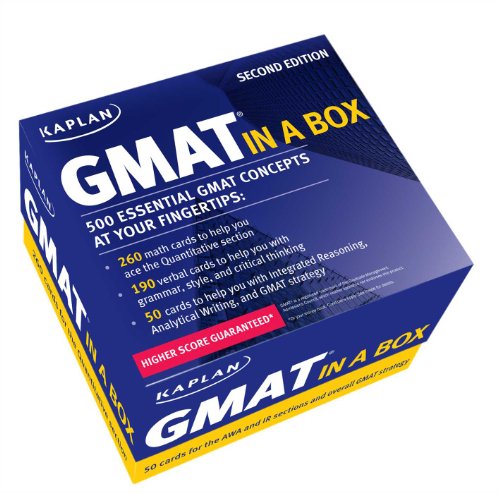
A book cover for Kaplan GMAT in a Box; Kaplan; Test Preparation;